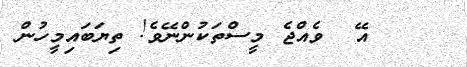
އޭ  ވެއްޖެ މީސްތަކުންނޭވެ! ތިޔަބައިމީހުން